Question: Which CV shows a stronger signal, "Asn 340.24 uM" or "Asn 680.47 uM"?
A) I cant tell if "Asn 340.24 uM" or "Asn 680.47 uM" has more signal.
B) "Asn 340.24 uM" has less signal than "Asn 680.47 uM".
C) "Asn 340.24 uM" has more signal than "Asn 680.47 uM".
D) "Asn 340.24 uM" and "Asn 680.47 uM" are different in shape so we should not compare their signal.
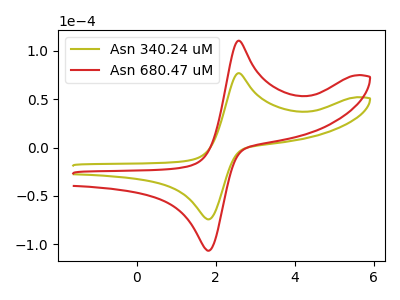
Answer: <think>The olive curve "Asn 340.24 uM" has an anodic peak at (2.60V, 76.85uA) and a cathodic peak at (1.80V, -74.10uA). The red curve "Asn 680.47 uM" has an anodic peak at (2.60V, 110.40uA) and a cathodic peak at (1.80V, -106.45uA).
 All the peaks in "Asn 340.24 uM" have a peak in "Asn 680.47 uM" at the same potential. Every peak in "Asn 340.24 uM" is lower than every peak in "Asn 680.47 uM".</think>
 <answer>B) "Asn 340.24 uM" has less signal than "Asn 680.47 uM".</answer>
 <eval>B</eval>